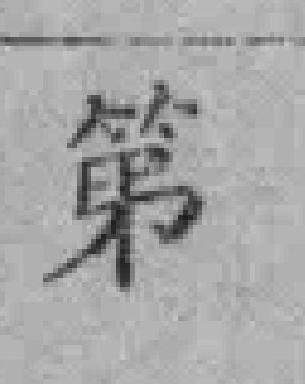
第